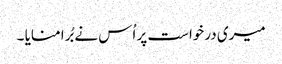
میری درخواست پر اُس نے بُرا منایا ۔